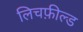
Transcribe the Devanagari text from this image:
लिचफ़ील्ड